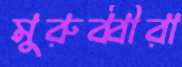
মুরুব্বীরা